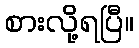
စားလို့ရပြီ။